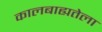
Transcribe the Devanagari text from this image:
कालबाह्यतेला